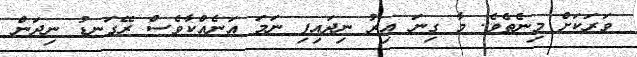
ވަރަކަށް މިނެތެވެ. މާ ގިނަ އިރު ނިދައިފި ނަމަ އަނެއްކާވެސް ރޭގަނޑު ނިދަން